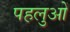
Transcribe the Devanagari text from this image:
पहलुआें